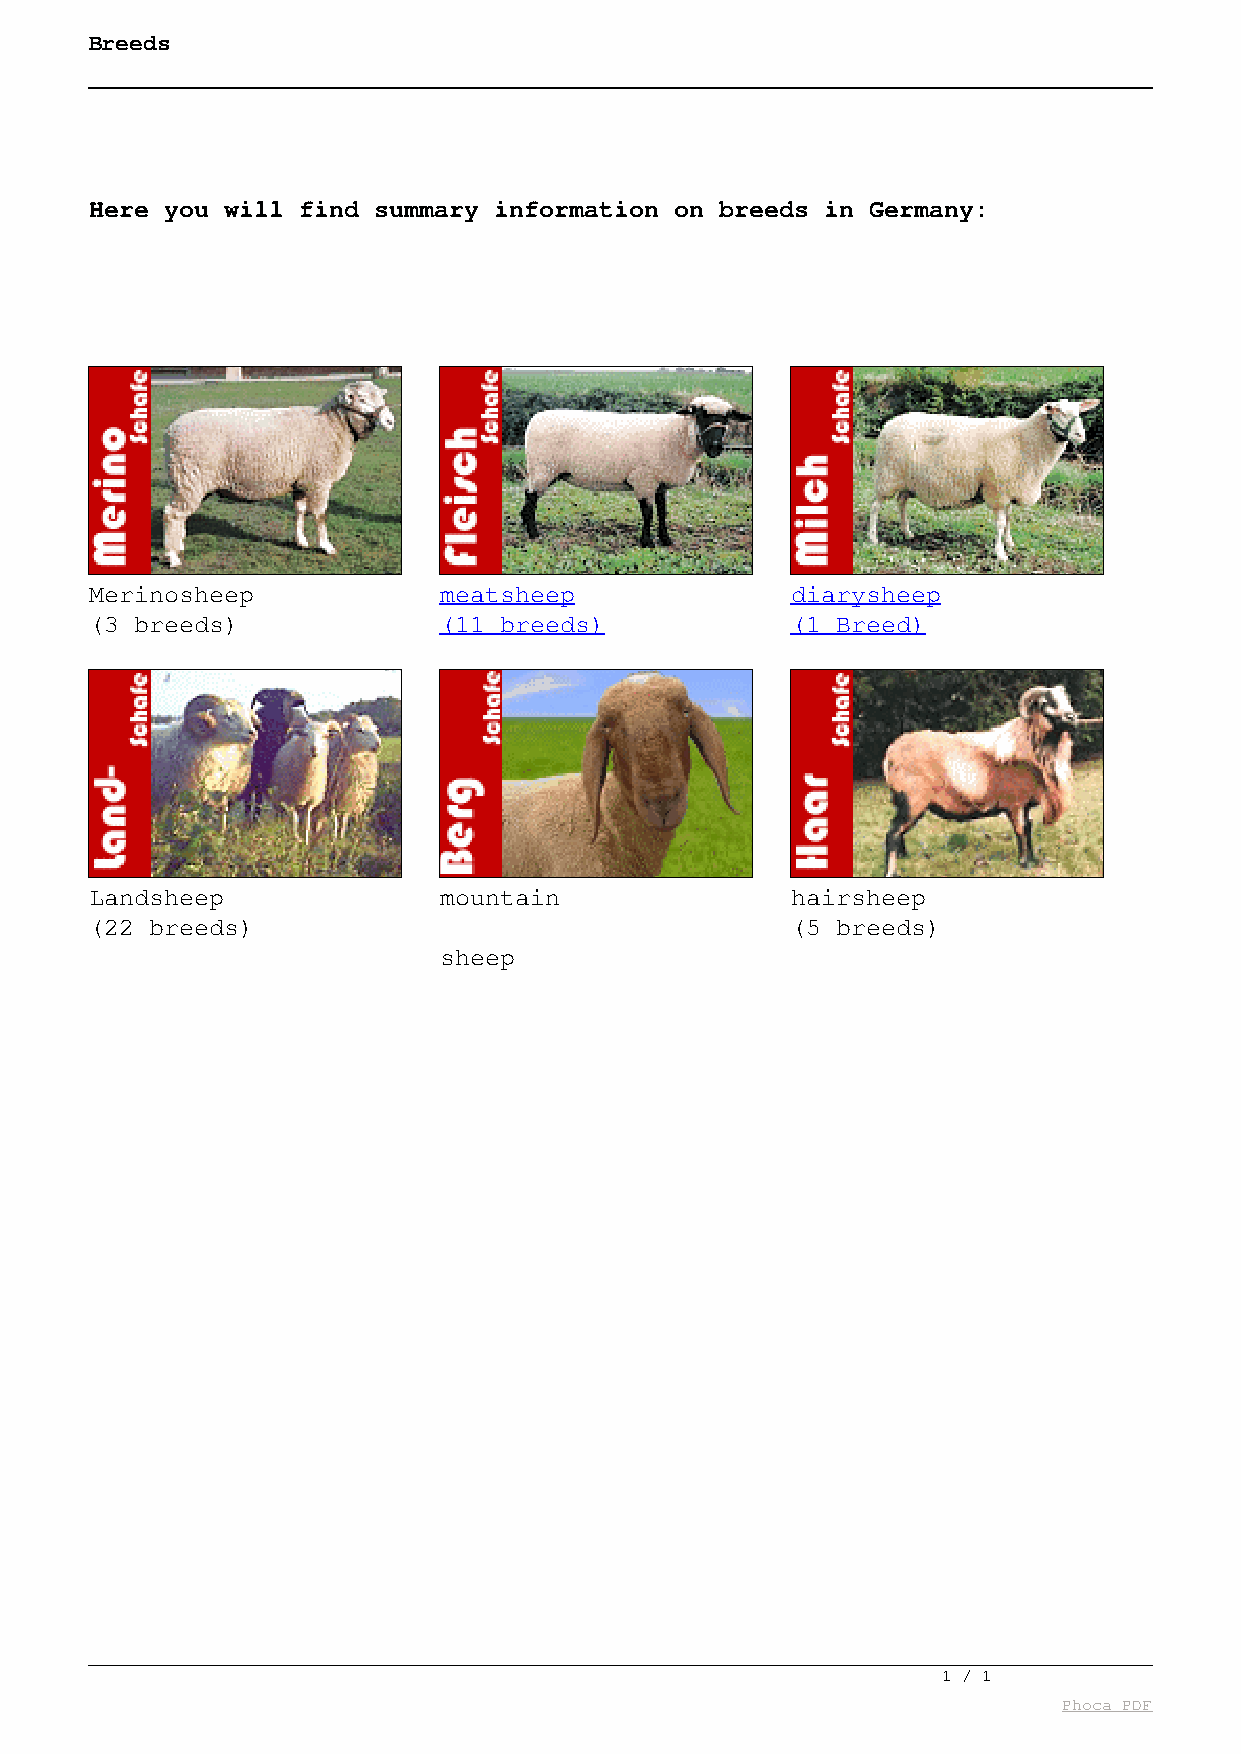
Breeds
 Here you will find summary information on breeds in Germany:
 Kategorien
 Merinosheep            meatsheep              diarysheep
 (3 breeds)             (11 breeds)            (1 Breed)
 Landsheep              mountain               hairsheep
 (22 breeds)                                   (5 breeds)
 sheep
 1 / 1
 Phoca PDF
 Powered by TCPDF (www.tcpdf.org)